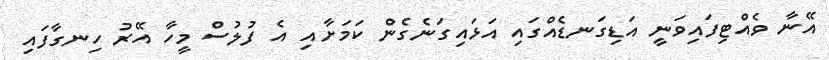
އޭނާ ވެއްޓިފައިވަނީ އަޑިގަނޑެއްގައި އަޅައިގަނެގެން ކަމަށާއި އެ ފުލުސް މީހާ އޭރު ހިނގާފައި